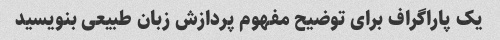
یک پاراگراف برای توضیح مفهوم پردازش زبان طبیعی بنویسید